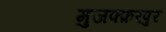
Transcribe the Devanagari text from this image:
मुजफ्फ़रपुर